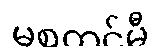
မစတင်မီ